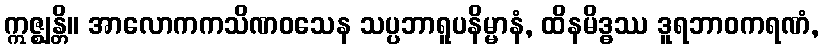
ဣဇ္ဈန္တိ။ အာလောကကသိဏဝသေန သပ္ပဘာရူပနိမ္မာနံ, ထိနမိဒ္ဓဿ ဒူရဘာဝကရဏံ,